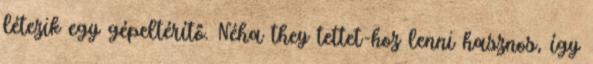
létezik egy gépeltérítő. Néha they tettet-hoz lenni hasznos, így